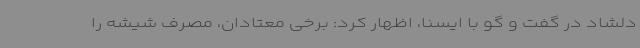
دلشاد در گفت و گو با ایسنا، اظهار کرد: برخی معتادان، مصرف شیشه را